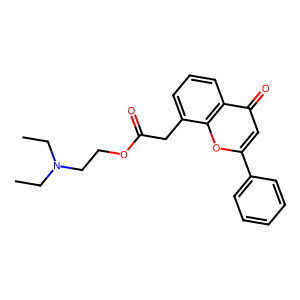
SMILES: CCN(CC)CCOC(=O)Cc1cccc2c(=O)cc(-c3ccccc3)oc12
Inhibits HIV replication: No